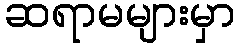
ဆရာမများမှာ